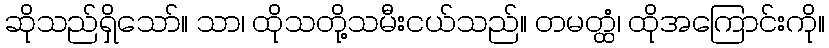
ဆိုသည်ရှိသော်။ သာ၊ ထိုသတို့သမီးငယ်သည်။ တမတ္ထံ၊ ထိုအကြောင်းကို။